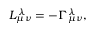
L _ { \mu \nu } ^ { \lambda } = - \Gamma _ { \mu \nu } ^ { \lambda } ,